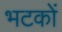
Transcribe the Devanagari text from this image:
भटकों